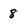
Character: 8